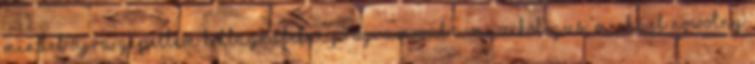
mindet újra gépeltem kottagrafikai programmal a muzikológus, Michael Nowotny